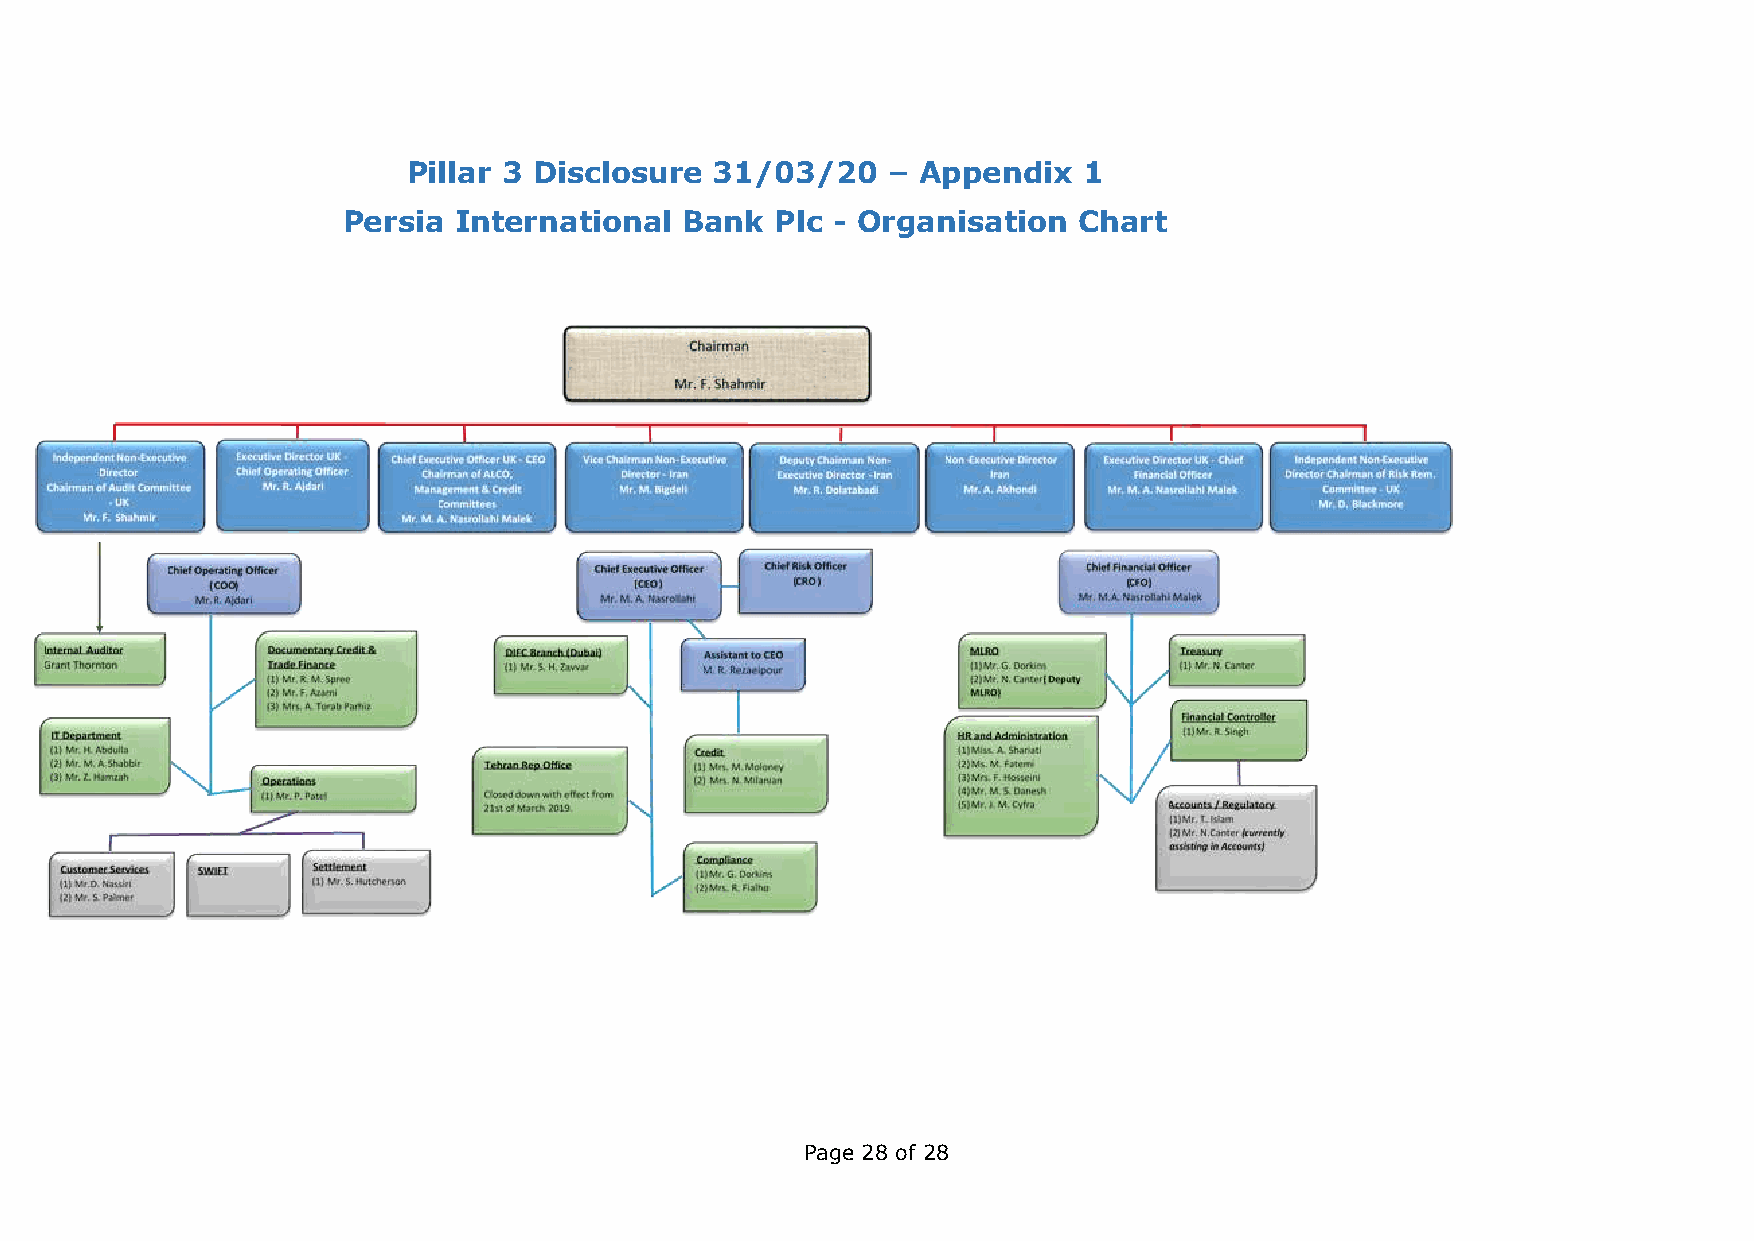
Pillar 3 Disclosure 31/03/20    – Appendix   1
 Persia International  Bank  Plc - Organisation  Chart
 Page 28 of 28